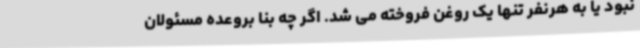
نبود یا به هرنفر تنها یک روغن فروخته می شد. اگر چه بنا بروعده مسئولان